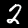
Label: 2